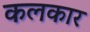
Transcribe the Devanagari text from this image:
कलकार